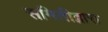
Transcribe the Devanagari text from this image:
समितीद्वारा